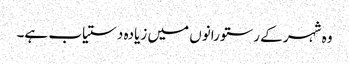
وہ شہر کے رستورانوں میں زیادہ دستیاب ہے۔